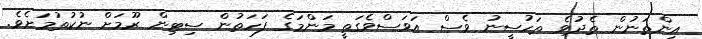
އިންތަނުން ތެދުވެ ތަހުސީނު ވެސް އަވަސްވެގަތީ މަންމަގެ ފަހަތުން ސިޓިން ރޫމަށް ނުކުތުމަށެވެ.